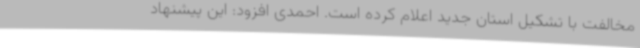
مخالفت با تشکیل استان جدید اعلام کرده است. احمدی افزود: این پیشنهاد